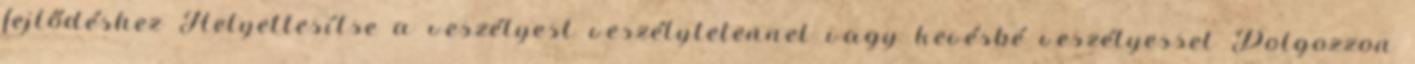
fejlődéshez Helyettesítse a veszélyest veszélytelennel vagy kevésbé veszélyessel Dolgozzon